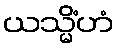
ယသ္မိံဟံ